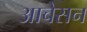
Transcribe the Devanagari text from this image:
आचेसन